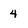
Character: 4